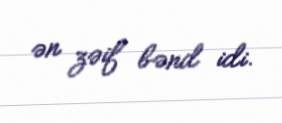
ən zəif bənd idi.